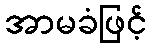
အာမခံဖြင့်